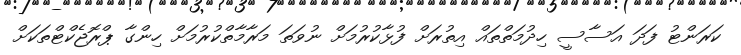
ކަރަންޓު ފަދަ އަސާސީ ހިދުމަތްތައް އިތުރަށް ފުޅާކުރުމަށް ނުވަތަ މަރާމާތްކުރުމަށް ހިންގާ ޕްރޮޖެކްޓްތަކަށް